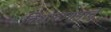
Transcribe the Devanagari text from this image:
विशाळगडाचे